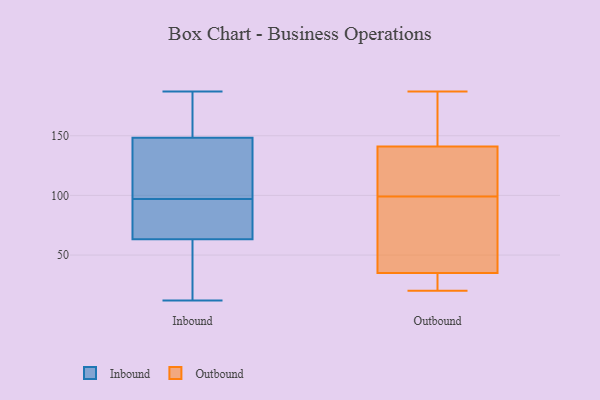
{"axis": {"x": "Production Output", "y": "Value"}, "legend": ["Inbound", "Outbound"], "data": [{"x": "", "y": 143, "type": "Inbound"}, {"x": "", "y": 97, "type": "Inbound"}, {"x": "", "y": 12, "type": "Inbound"}, {"x": "", "y": 22, "type": "Inbound"}, {"x": "", "y": 187, "type": "Inbound"}, {"x": "", "y": 134, "type": "Inbound"}, {"x": "", "y": 69, "type": "Inbound"}, {"x": "", "y": 181, "type": "Inbound"}, {"x": "", "y": 89, "type": "Inbound"}, {"x": "", "y": 139, "type": "Inbound"}, {"x": "", "y": 164, "type": "Inbound"}, {"x": "", "y": 72, "type": "Inbound"}, {"x": "", "y": 46, "type": "Inbound"}, {"x": "", "y": 141, "type": "Outbound"}, {"x": "", "y": 187, "type": "Outbound"}, {"x": "", "y": 149, "type": "Outbound"}, {"x": "", "y": 39, "type": "Outbound"}, {"x": "", "y": 117, "type": "Outbound"}, {"x": "", "y": 24, "type": "Outbound"}, {"x": "", "y": 86, "type": "Outbound"}, {"x": "", "y": 35, "type": "Outbound"}, {"x": "", "y": 27, "type": "Outbound"}, {"x": "", "y": 20, "type": "Outbound"}, {"x": "", "y": 99, "type": "Outbound"}, {"x": "", "y": 127, "type": "Outbound"}, {"x": "", "y": 99, "type": "Outbound"}, {"x": "", "y": 144, "type": "Outbound"}]}